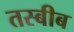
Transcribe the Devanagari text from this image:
तस्बीब